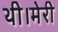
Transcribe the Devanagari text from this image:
थी।मेरी